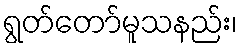
ရွတ်တော်မူသနည်း၊